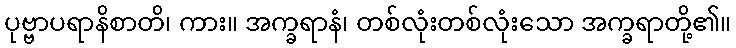
ပုဗ္ဗာပရာနိစာတိ၊ ကား။ အက္ခရာနံ၊ တစ်လုံးတစ်လုံးသော အက္ခရာတို့၏။